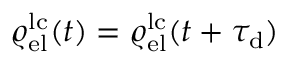
\varrho _ { \mathrm { e l } } ^ { \mathrm { l c } } ( t ) = \varrho _ { \mathrm { e l } } ^ { \mathrm { l c } } ( t + \tau _ { \mathrm { d } } )